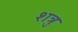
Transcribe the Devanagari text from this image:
शत्रुः